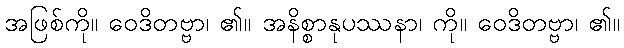
အဖြစ်ကို။ ဝေဒိတဗ္ဗာ၊ ၏။ အနိစ္စာနုပဿနာ၊ ကို။ ဝေဒိတဗ္ဗာ၊ ၏။